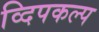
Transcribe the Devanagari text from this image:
व्दिपकल्प